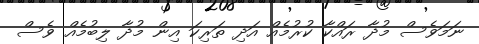
ނަމަވެސް މުދާ ރައްކާ ކުރުމެއް އަދި ތަރިކަ އިން މުދާ ލިބުމެއް ވެސް